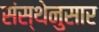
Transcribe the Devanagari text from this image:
संस्थेनुसार